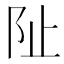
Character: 阯